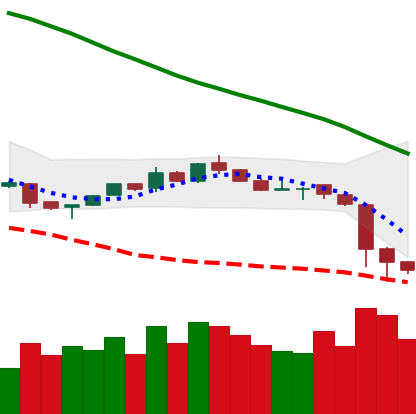
Ticker: NEO-USD
Chart end date: 2018-11-16
Forward return: -27.454%
Label: down_7plus